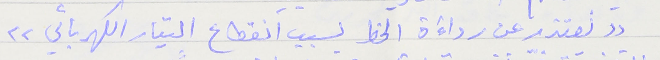
"نعتذر عن رداءَة الخط بسبب انقطاع التيار الكهربائي"